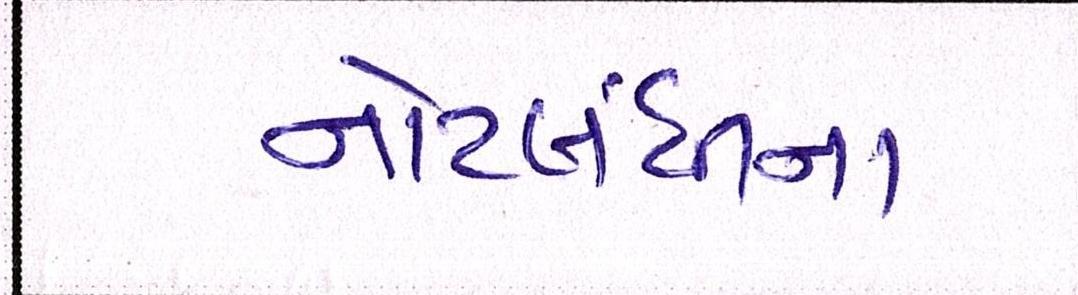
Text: નોટબંધીના